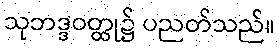
သုဘဒ္ဒဝတ္ထု၌ ပညတ်သည်။